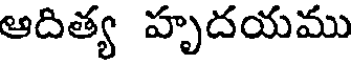
ఆదిత్య హృదయము